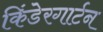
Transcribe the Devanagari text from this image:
किंडेरगार्टन